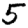
Digit: 5